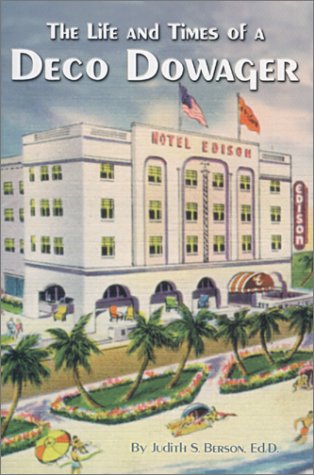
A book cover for The Life and Times of a Deco Dowager : The Edison Hotel; Judith S. Berson; Travel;